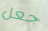
جعل